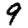
Digit: 9